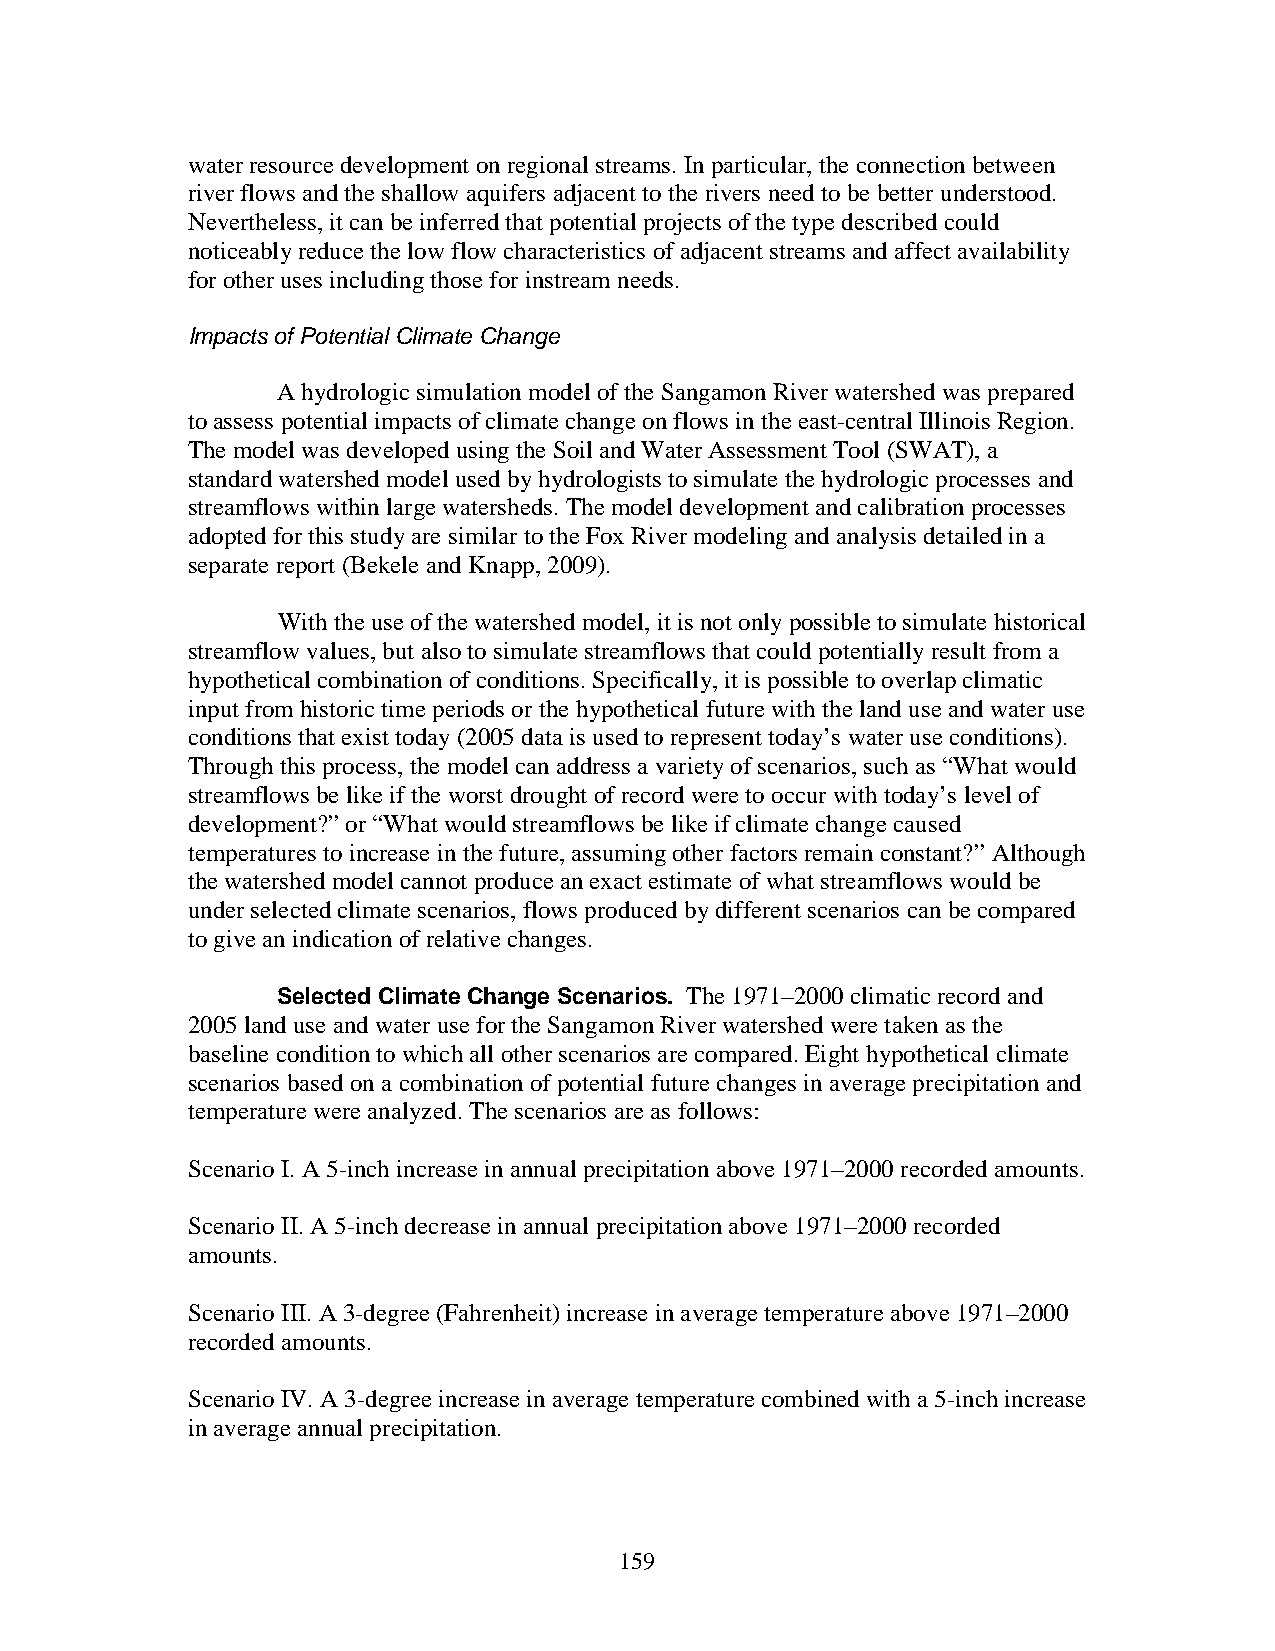
water resource development on regional streams. In particular, the connection between
 river flows and the shallow aquifers adjacent to the rivers need to be better understood.
 Nevertheless, it can be inferred that potential projects of the type described could
 noticeably reduce the low flow characteristics of adjacent streams and affect availability
 for other uses including those for instream needs.
 Impacts of Potential Climate Change
 A hydrologic simulation model of the Sangamon River watershed was prepared
 to assess potential impacts of climate change on flows in the east-central Illinois Region.
 The model was developed using the Soil and Water Assessment Tool (SWAT), a
 standard watershed model used by hydrologists to simulate the hydrologic processes and
 streamflows within large watersheds. The model development and calibration processes
 adopted for this study are similar to the Fox River modeling and analysis detailed in a
 separate report (Bekele and Knapp, 2009).
 With the use of the watershed model, it is not only possible to simulate historical
 streamflow values, but also to simulate streamflows that could potentially result from a
 hypothetical combination of conditions. Specifically, it is possible to overlap climatic
 input from historic time periods or the hypothetical future with the land use and water use
 conditions that exist today (2005 data is used to represent today’s water use conditions).
 Through this process, the model can address a variety of scenarios, such as “What would
 streamflows be like if the worst drought of record were to occur with today’s level of
 development?” or “What would streamflows be like if climate change caused
 temperatures to increase in the future, assuming other factors remain constant?” Although
 the watershed model cannot produce an exact estimate of what streamflows would be
 under selected climate scenarios, flows produced by different scenarios can be compared
 to give an indication of relative changes.
 Selected Climate Change Scenarios. The 1971–2000 climatic record and
 2005 land use and water use for the Sangamon River watershed were taken as the
 baseline condition to which all other scenarios are compared. Eight hypothetical climate
 scenarios based on a combination of potential future changes in average precipitation and
 temperature were analyzed. The scenarios are as follows:
 Scenario I. A 5-inch increase in annual precipitation above 1971–2000 recorded amounts.
 Scenario II. A 5-inch decrease in annual precipitation above 1971–2000 recorded
 amounts.
 Scenario III. A 3-degree (Fahrenheit) increase in average temperature above 1971–2000
 recorded amounts.
 Scenario IV. A 3-degree increase in average temperature combined with a 5-inch increase
 in average annual precipitation.
 159